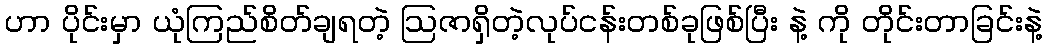
ဟာ ပိုင်းမှာ ယုံကြည်စိတ်ချရတဲ့ ဩဇာရှိတဲ့လုပ်ငန်းတစ်ခုဖြစ်ပြီး နဲ့ ကို တိုင်းတာခြင်းနဲ့